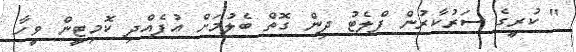
" ކުރީގެ ސަރުކާރުން ފްލެޓު ދިން ގޮތް ބެލުމަށް އުފެއްދި ކޮމިޓީން ވީހާ